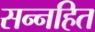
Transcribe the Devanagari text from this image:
सन्नहित